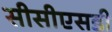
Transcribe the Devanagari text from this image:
सीसीएसडी